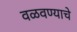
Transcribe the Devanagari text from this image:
वळवण्याचे